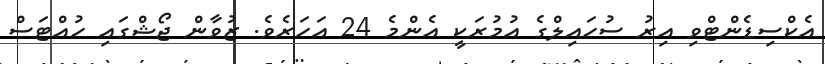
އެކްސިޑެންޓްވި އިރު ސުހައިލްގެ އުމުރަކީ އެންމެ 24 އަހަރެވެ. ޒުވާން ޖޯޝްގައި ހުއްޓަސް